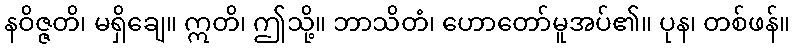
နဝိဇ္ဇတိ၊ မရှိချေ။ ဣတိ၊ ဤသို့။ ဘာသိတံ၊ ဟောတော်မူအပ်၏။ ပုန၊ တစ်ဖန်။